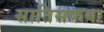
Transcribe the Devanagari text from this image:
सातिसफया